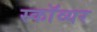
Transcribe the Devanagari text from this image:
स्काॅव्यर